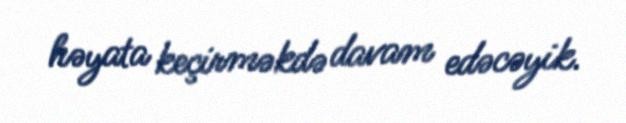
həyata keçirməkdə davam edəcəyik.